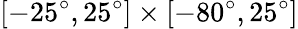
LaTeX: [-25^{\circ},25^{\circ}]\times[-80^{\circ},25^{\circ}]